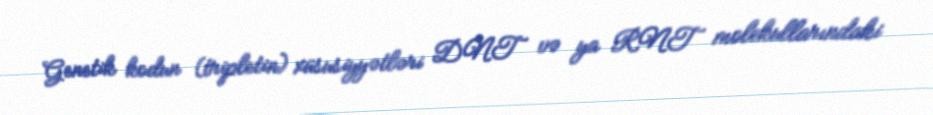
Genetik kodun (tripletin) xüsusiyyətləri DNT və ya RNT molekullarındaki